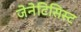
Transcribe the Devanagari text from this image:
जेनेटिसिस्ट